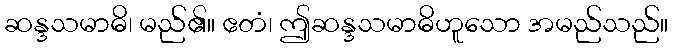
ဆန္ဒသမာဓိ၊ မည်၏။ ဧတံ၊ ဤဆန္ဒသမာဓိဟူသော အမည်သည်။